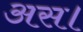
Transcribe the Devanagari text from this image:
अस।